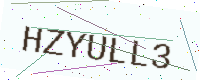
Text: HZYULL3